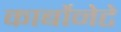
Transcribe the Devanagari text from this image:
कार्बोनेटे